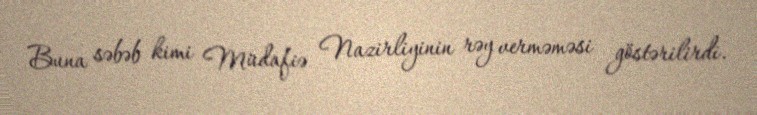
Buna səbəb kimi Müdafiə Nazirliyinin rəy verməməsi göstərilirdi.